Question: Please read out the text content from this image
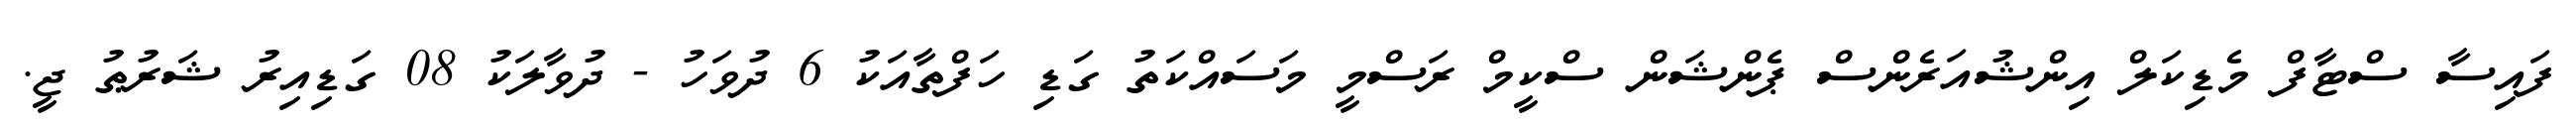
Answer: ފައިސާ ސްޓާފް މެޑިކަލް އިންޝުއަރެންސް ޕެންޝަން ސްކީމް ރަސްމީ މަސައްކަތު ގަޑި ހަފްތާއަކު 6 ދުވަހު - ދުވާލަކު 08 ގަޑިއިރު ޝަރުޠު ޖީ.